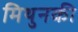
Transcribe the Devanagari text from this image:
मिथुनकी